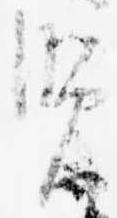
覧